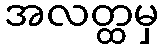
အလတ္ထမှ